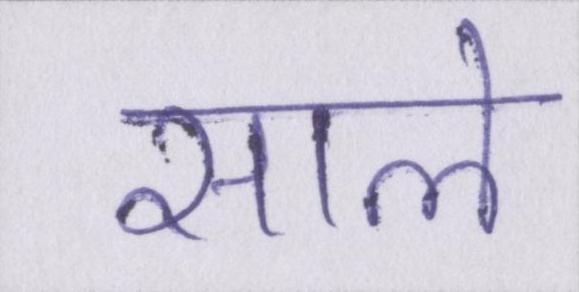
साले